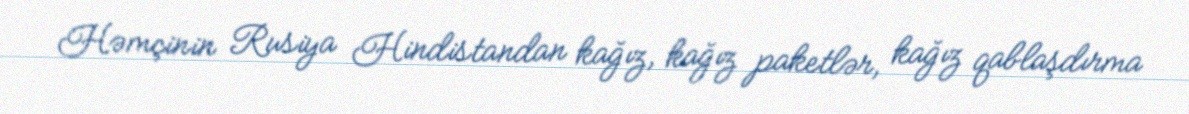
Həmçinin Rusiya Hindistandan kağız, kağız paketlər, kağız qablaşdırma